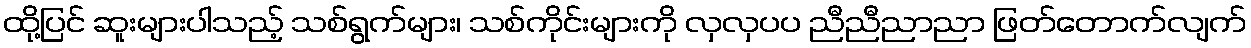
ထို့ပြင် ဆူးများပါသည့် သစ်ရွက်များ၊ သစ်ကိုင်းများကို လှလှပပ ညီညီညာညာ ဖြတ်တောက်လျက်